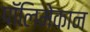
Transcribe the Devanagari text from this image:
पॉलिमेकान